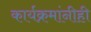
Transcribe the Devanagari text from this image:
कार्यक्रमांनीही